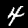
Label: 4